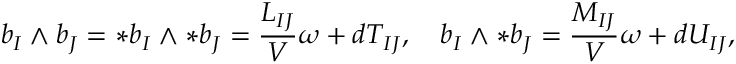
b _ { I } \wedge b _ { J } = \ast b _ { I } \wedge \ast b _ { J } = \frac { L _ { I J } } { \cal V } \omega + d T _ { I J } , \quad b _ { I } \wedge \ast b _ { J } = \frac { M _ { I J } } { \cal V } \omega + d U _ { I J } ,